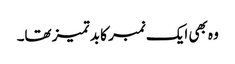
وہ بھی ایک نمبر کا بد تمیز تھا۔